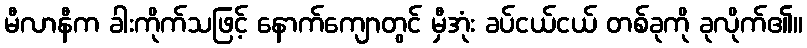
မီလာနီက ခါးကိုက်သဖြင့် နောက်ကျောတွင် မှီအုံး ခပ်ငယ်ငယ် တစ်ခုကို ခုလိုက်၏။